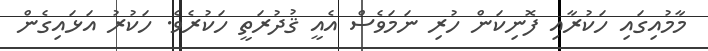
މާމުއިގައި ހަކުރާއި ފޮނިކަން ހުރި ނަމަވެސް އެއީ ޤުދުރަތީ ހަކުރެވެ. ހަކުރު އަޅައިގެން